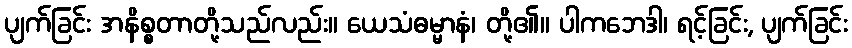
ပျက်ခြင်း အနိစ္စတာတို့သည်လည်း။ ယေသံဓမ္မာနံ၊ တို့၏။ ပါကဘေဒါ၊ ရင့်ခြင်း, ပျက်ခြင်း